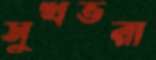
সুখভরা